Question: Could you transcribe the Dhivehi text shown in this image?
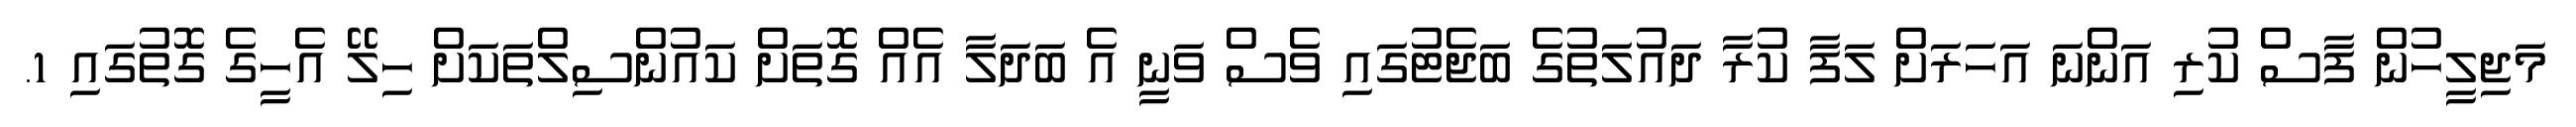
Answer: މަޖިލީހުން ފާސް ކުރި އަންނަ އަހަރަށް ލަފާ ކުރާ ދައުލަތުގެ ބަޖެޓުގައި ވެސް ވަނީ އެ ބަދަލާ އެއް ގޮތަށް ކައުންސިލްތަކަށް ހިލޭ އެހީގެ ގޮތުގައި 1.